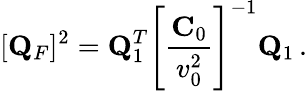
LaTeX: [{\mathbf Q}_{F}]^{2}={\mathbf Q}_{1}^{T}\left[\frac{{\mathbf C}_{0}}{v_{0}^{2}}\right]^{-1}{\mathbf Q}_{1}\, .